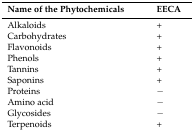
<table><thead><tr><td><b>Name of the Phytochemicals</b></td><td><b>EECA</b></td></tr></thead><tbody><tr><td>Alkaloids</td><td>+</td></tr><tr><td>Carbohydrates</td><td>+</td></tr><tr><td>Flavonoids</td><td>+</td></tr><tr><td>Phenols</td><td>+</td></tr><tr><td>Tannins</td><td>+</td></tr><tr><td>Saponins</td><td>+</td></tr><tr><td>Proteins</td><td>−</td></tr><tr><td>Amino acid</td><td>−</td></tr><tr><td>Glycosides</td><td>−</td></tr><tr><td>Terpenoids</td><td>+</td></tr></tbody></table>